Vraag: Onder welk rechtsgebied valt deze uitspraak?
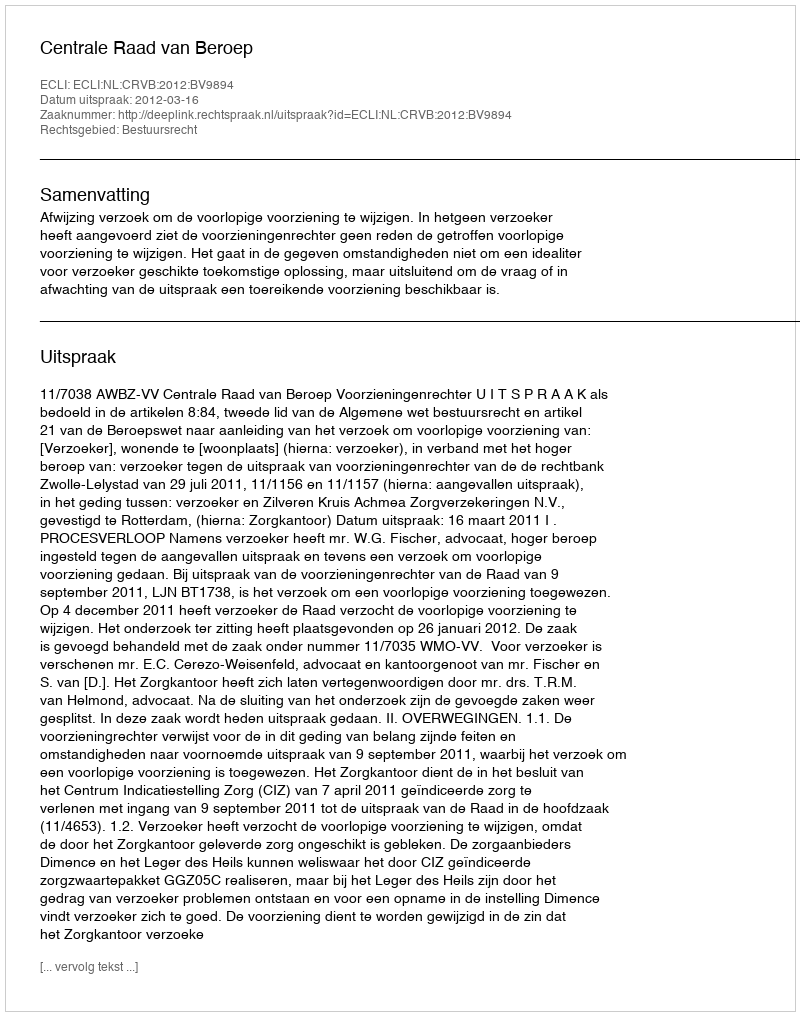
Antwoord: Bestuursrecht